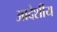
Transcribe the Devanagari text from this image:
आदेशीय